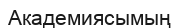
Академиясымың